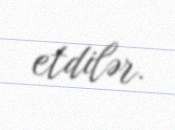
etdilər.